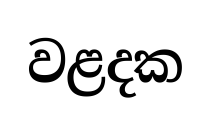
වළදක